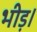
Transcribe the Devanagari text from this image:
भीड़।